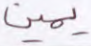
يمين